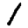
Digit: 1